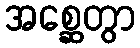
အစ္ဆေတွာ